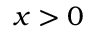
x > 0